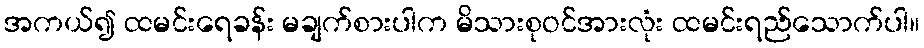
အကယ်၍ ထမင်းရေခန်း မချက်စားပါက မိသားစုဝင်အားလုံး ထမင်းရည်သောက်ပါ။